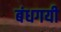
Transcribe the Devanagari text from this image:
बंधगयी